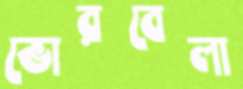
ভোরবেলা